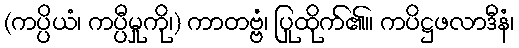
(ကပ္ပိယံ၊ ကပ္ပီမှုကို၊) ကာတဗ္ဗံ၊ ပြုထိုက်၏။ ကပိဋ္ဌဖလာဒီနံ၊